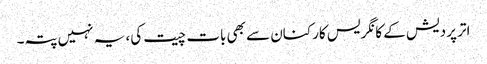
اتر پردیش کے کانگریس کارکنان سے بھی بات چیت کی، یہ نہیں پتہ۔